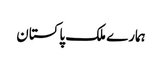
ہمارے ملک پاکستان